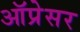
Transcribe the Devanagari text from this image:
ऑप्रेसर